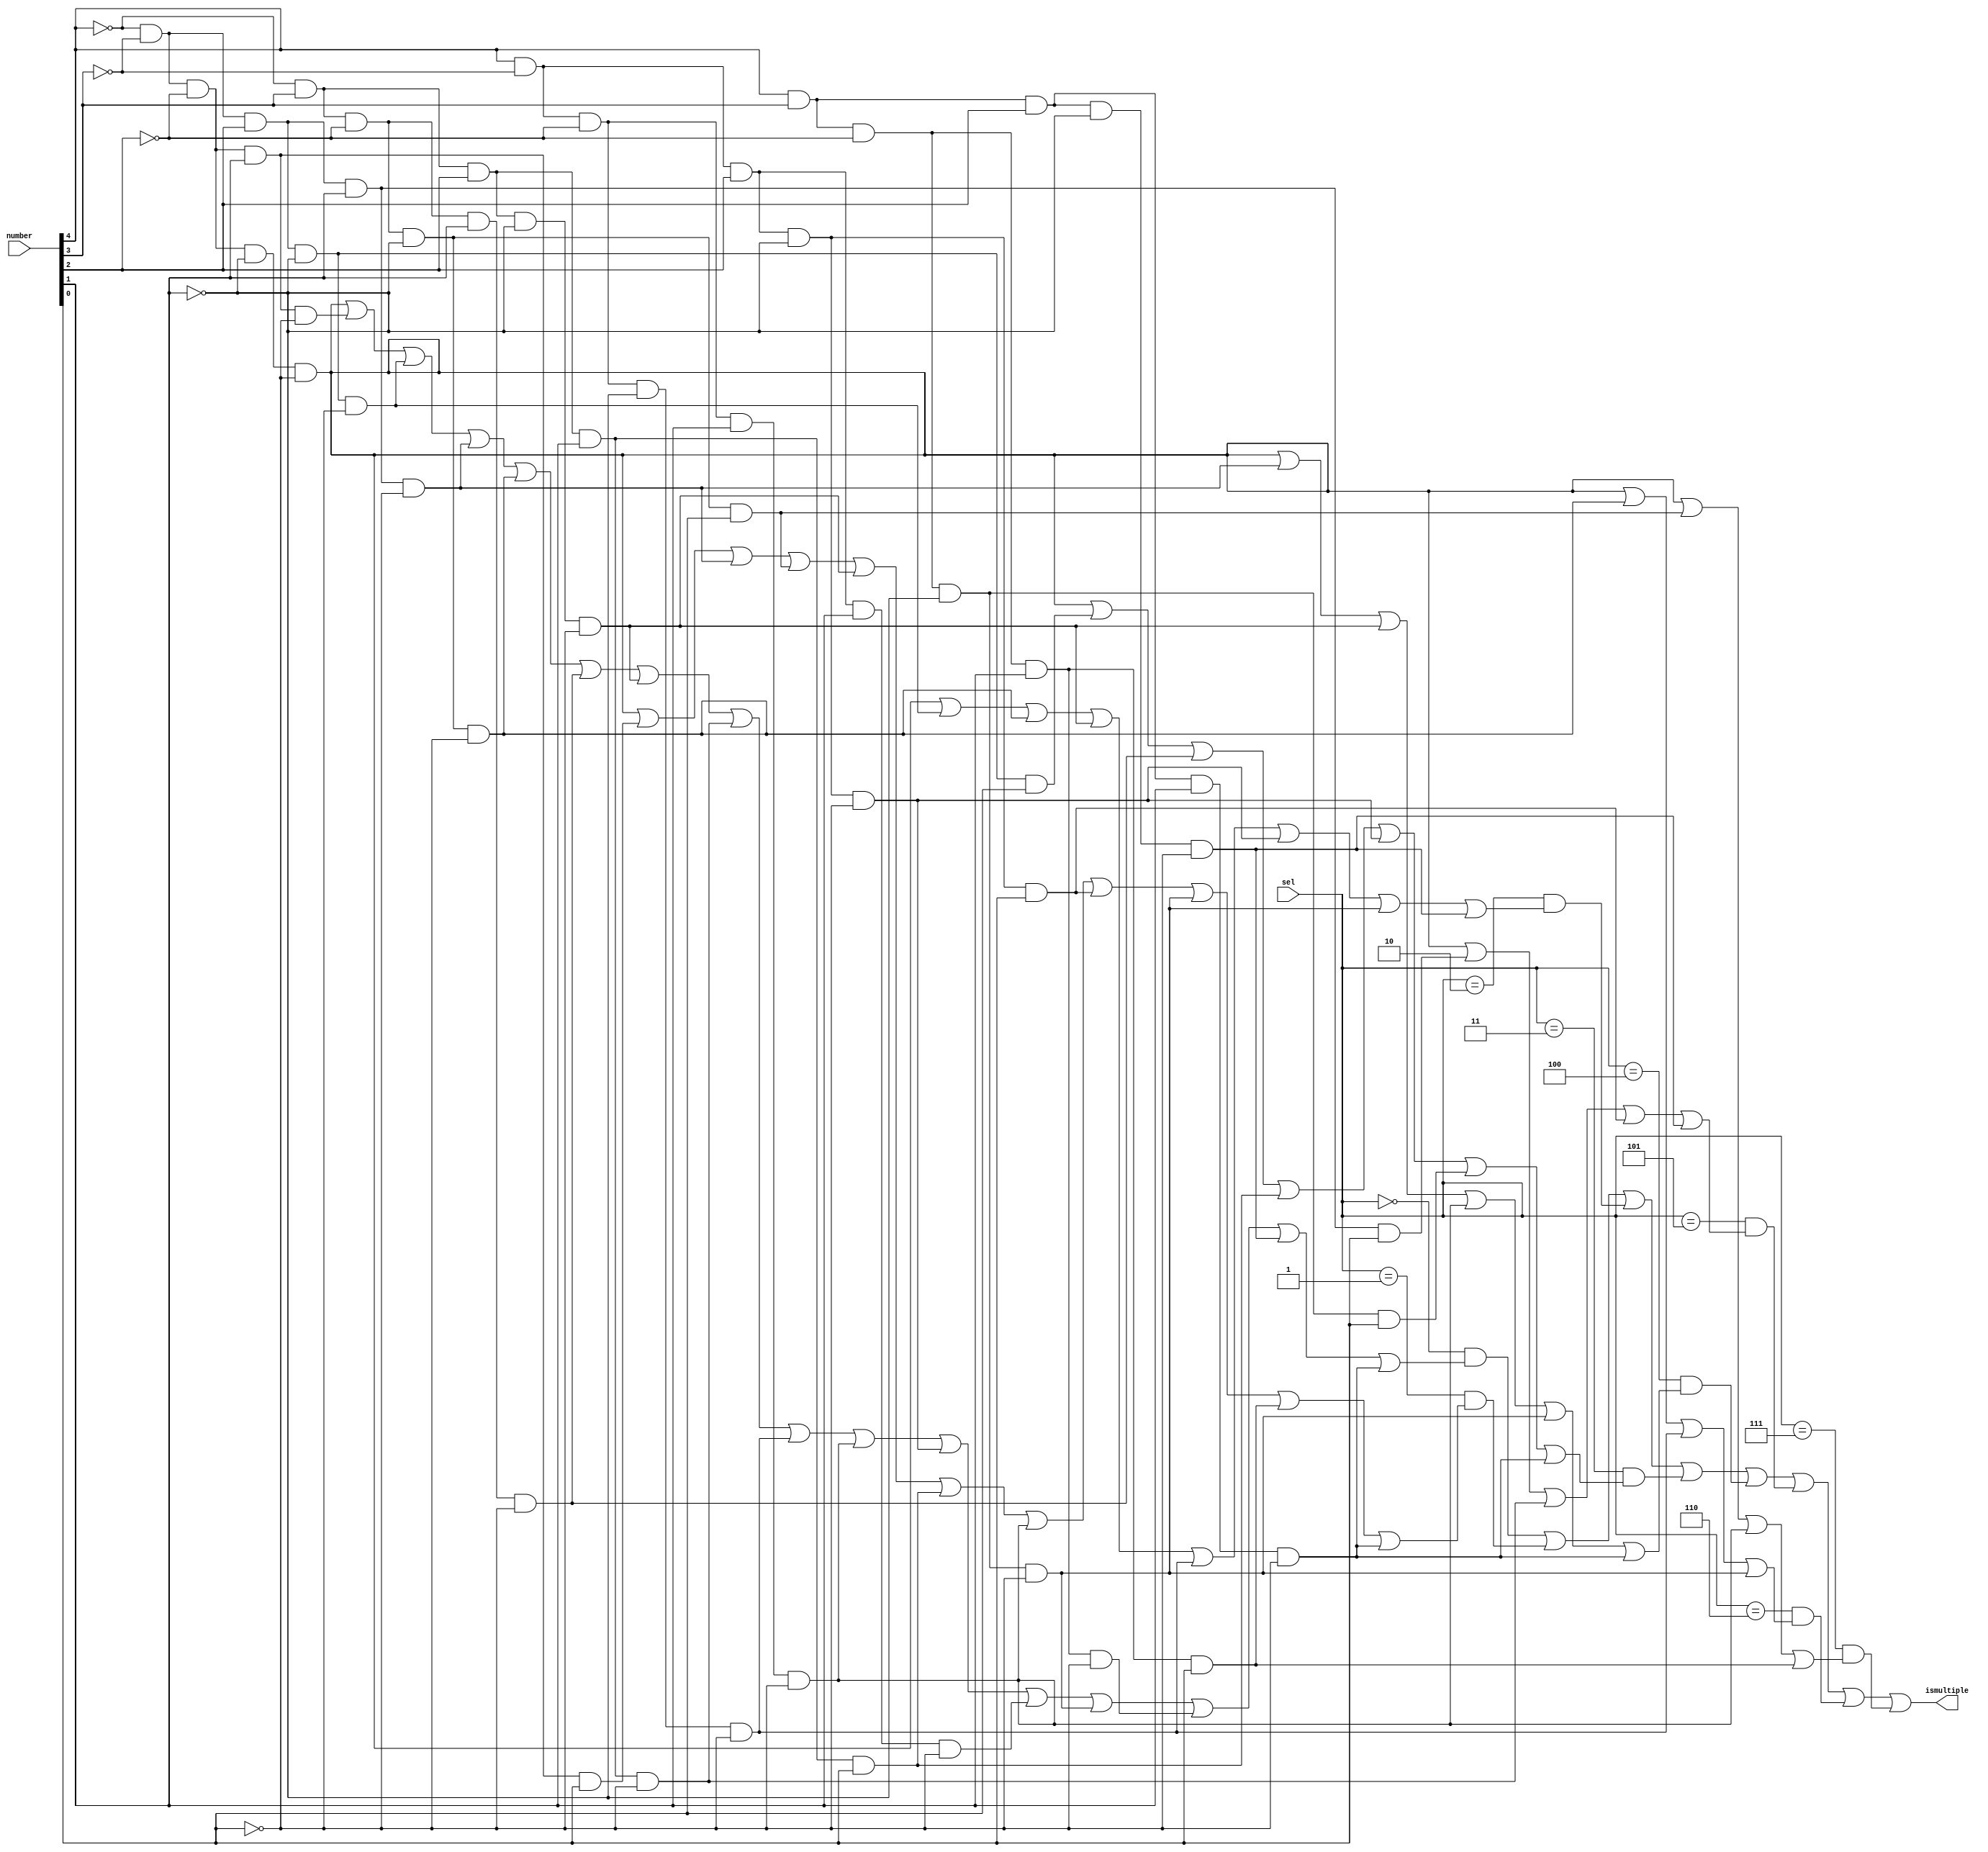
`timescale 1ns / 1ps
/*
5:32 Decoder with input as [4:0] number
*/
module Lab_Assignment_1_With_Decoder(sel, number, ismultiple);
input [2:0]sel;
input [4:0]number;
reg [31:0]out;
reg a,b,c,d,e,f,g,h;
output reg ismultiple;
always @ (*)
begin
    out[31] = (number[4] & number[3] & number[2] & number[1] & number[0]);
    out[30] = (number[4] & number[3] & number[2] & number[1] & ~number[0]);
    out[29] = (number[4] & number[3] & number[2] & ~number[1] & number[0]);
    out[28] = (number[4] & number[3] & number[2] & ~number[1] & ~number[0]);
    out[27] = (number[4] & number[3] & ~number[2] & number[1] & number[0]);
    out[26] = (number[4] & number[3] & ~number[2] & number[1] & ~number[0]);
    out[25] = (number[4] & number[3] & ~number[2] & ~number[1] & number[0]);
    out[24] = (number[4] & number[3] & ~number[2] & ~number[1] & ~number[0]);
    out[23] = (number[4] & ~number[3] & number[2] & number[1] & number[0]);
    out[22] = (number[4] & ~number[3] & number[2] & number[1] & ~number[0]);
    out[21] = (number[4] & ~number[3] & number[2] & ~number[1] & number[0]);
    out[20] = (number[4] & ~number[3] & number[2] & ~number[1] & ~number[0]);
    out[19] = (number[4] & ~number[3] & ~number[2] & number[1] & number[0]);
    out[18] = (number[4] & ~number[3] & ~number[2] & number[1] & ~number[0]);
    out[17] = (number[4] & ~number[3] & ~number[2] & ~number[1] & number[0]);
    out[16] = (number[4] & ~number[3] & ~number[2] & ~number[1] & ~number[0]);
    out[15] = (~number[4] & number[3] & number[2] & number[1] & number[0]);
    out[14] = (~number[4] & number[3] & number[2] & number[1] & ~number[0]);
    out[13] = (~number[4] & number[3] & number[2] & ~number[1] & number[0]);
    out[12] = (~number[4] & number[3] & number[2] & ~number[1] & ~number[0]);
    out[11] = (~number[4] & number[3] & ~number[2] & number[1] & number[0]);
    out[10] = (~number[4] & number[3] & ~number[2] & number[1] & ~number[0]);
    out[9] = (~number[4] & number[3] & ~number[2] & ~number[1] & number[0]);
    out[8] = (~number[4] & number[3] & ~number[2] & ~number[1] & ~number[0]);
    out[7] = (~number[4] & ~number[3] & number[2] & number[1] & number[0]);
    out[6] = (~number[4] & ~number[3] & number[2] & number[1] & ~number[0]);
    out[5] = (~number[4] & ~number[3] & number[2] & ~number[1] & number[0]);
    out[4] = (~number[4] & ~number[3] & number[2] & ~number[1] & ~number[0]);
    out[3] = (~number[4] & ~number[3] & ~number[2] & number[1] & number[0]);
    out[2] = (~number[4] & ~number[3] & ~number[2] & number[1] & ~number[0]);
    out[1] = (~number[4] & ~number[3] & ~number[2] & ~number[1] & number[0]);
    out[0] = (~number[4] & ~number[3] & ~number[2] & ~number[1] & ~number[0]);
    
    ismultiple = 0;
    a =  (sel == 3'b000) & (out[0] | out[2] | out[4] | out[6] | out[8] | out[10] | out[12] | out[14] | out[16] | out[18] | out[20] | out[22] | out[24] | out[26] | out[28] | out[30]);
    b = (sel == 3'b001) & (out[0] | out[3] | out[6] | out[9] | out[12] | out[15] | out[18] | out[21] | out[24] | out[27] | out[30]);
    c = (sel == 3'b010) & ( out[0] | out[4] | out[8] | out[12] | out[16] | out[20] | out[24] | out[28]);
    d =  (sel == 3'b011) & ( out[0] | out[5] | out[10] | out[15] | out[20] | out[25] | out[30]);
    e = (sel == 3'b100) & ( out[0] | out[6] | out[12] | out[18] | out[24] | out[30]);
    f = (sel == 3'b101) & ( out[0] | out[7] | out[14] | out[21] | out[28]);
    g = (sel == 3'b110) & ( out[0] | out[8] | out[16] | out[24]);
    h = (sel == 3'b111) & ( out[0] | out[9] | out[18] | out[27]);
    ismultiple = (a | b | c | d | e | f | g | h);
end
endmodule